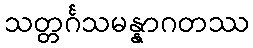
သတ္တင်္ဂသမန္နာဂတဿ